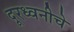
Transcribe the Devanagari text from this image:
दूरध्वनीचे